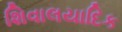
શિવાલયાદિક